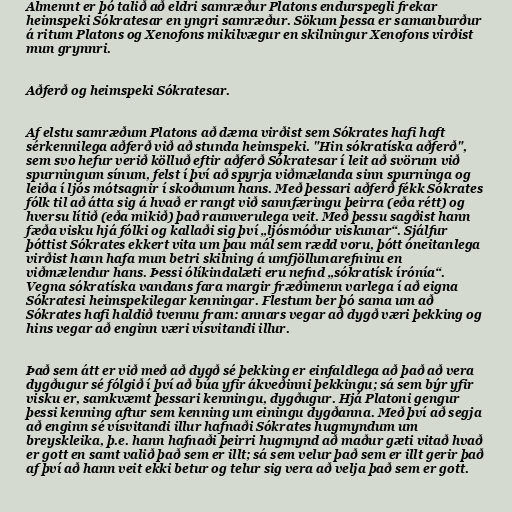
Almennt er þó talið að eldri samræður Platons endurspegli frekar
heimspeki Sókratesar en yngri samræður. Sökum þessa er samanburður
á ritum Platons og Xenofons mikilvægur en skilningur Xenofons virðist
mun grynnri.

Aðferð og heimspeki Sókratesar.

Af elstu samræðum Platons að dæma virðist sem Sókrates hafi haft
sérkennilega aðferð við að stunda heimspeki. "Hin sókratíska aðferð",
sem svo hefur verið kölluð eftir aðferð Sókratesar í leit að svörum við
spurningum sínum, felst í því að spyrja viðmælanda sinn spurninga og
leiða í ljós mótsagnir í skoðunum hans. Með þessari aðferð fékk Sókrates
fólk til að átta sig á hvað er rangt við sannfæringu þeirra (eða rétt) og
hversu lítið (eða mikið) það raunverulega veit. Með þessu sagðist hann
fæða visku hjá fólki og kallaði sig því „ljósmóður viskunar“. Sjálfur
þóttist Sókrates ekkert vita um þau mál sem rædd voru, þótt óneitanlega
virðist hann hafa mun betri skilning á umfjöllunarefninu en
viðmælendur hans. Þessi ólíkindalæti eru nefnd „sókratísk írónía“.
Vegna sókratíska vandans fara margir fræðimenn varlega í að eigna
Sókratesi heimspekilegar kenningar. Flestum ber þó sama um að
Sókrates hafi haldið tvennu fram: annars vegar að dygð væri þekking og
hins vegar að enginn væri vísvitandi illur.

Það sem átt er við með að dygð sé þekking er einfaldlega að það að vera
dygðugur sé fólgið í því að búa yfir ákveðinni þekkingu; sá sem býr yfir
visku er, samkvæmt þessari kenningu, dygðugur. Hjá Platoni gengur
þessi kenning aftur sem kenning um einingu dygðanna. Með því að segja
að enginn sé vísvitandi illur hafnaði Sókrates hugmyndum um
breyskleika, þ.e. hann hafnaði þeirri hugmynd að maður gæti vitað hvað
er gott en samt valið það sem er illt; sá sem velur það sem er illt gerir það
af því að hann veit ekki betur og telur sig vera að velja það sem er gott.